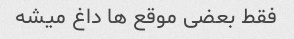
فقط بعضی موقع ها داغ میشه